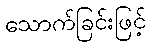
သောက်ခြင်းဖြင့်